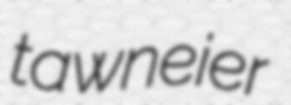
tawneier